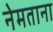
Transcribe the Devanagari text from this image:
नेमताना